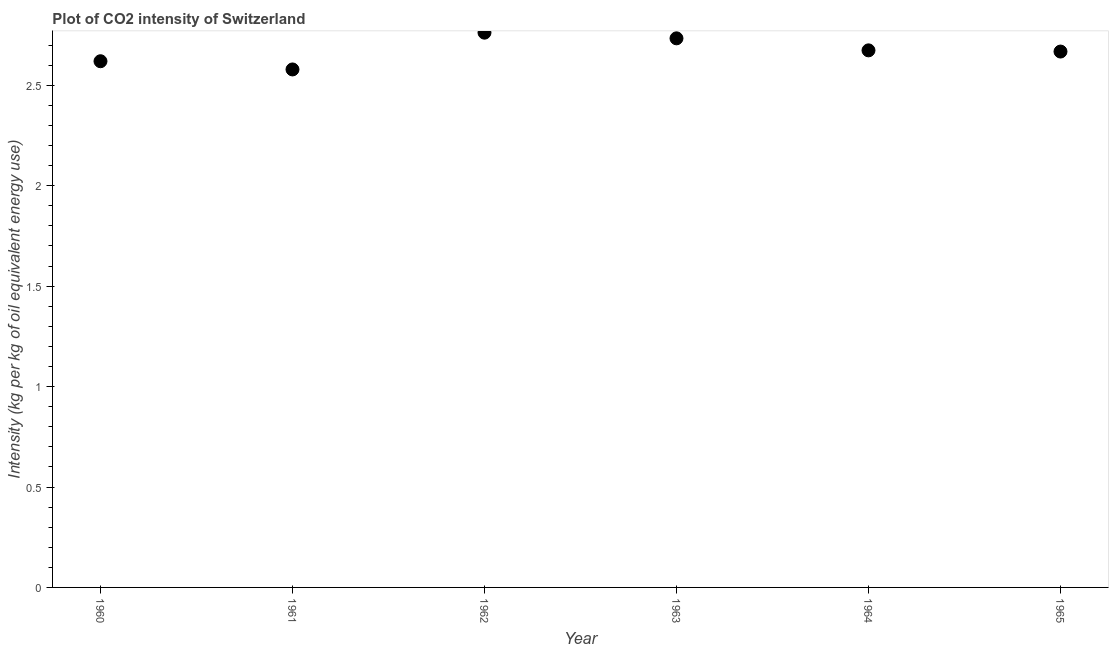
| Year | CO2 intensity |
 | --- | --- |
 | 1960 | 2.62 |
 | 1961 | 2.58 |
 | 1962 | 2.76 |
 | 1963 | 2.73 |
 | 1964 | 2.67 |
 | 1965 | 2.67 |